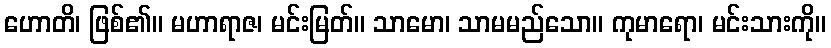
ဟောတိ၊ ဖြစ်၏။ မဟာရာဇ၊ မင်းမြတ်။ သာမော၊ သာမမည်သော။ ကုမာရော၊ မင်းသားကို။